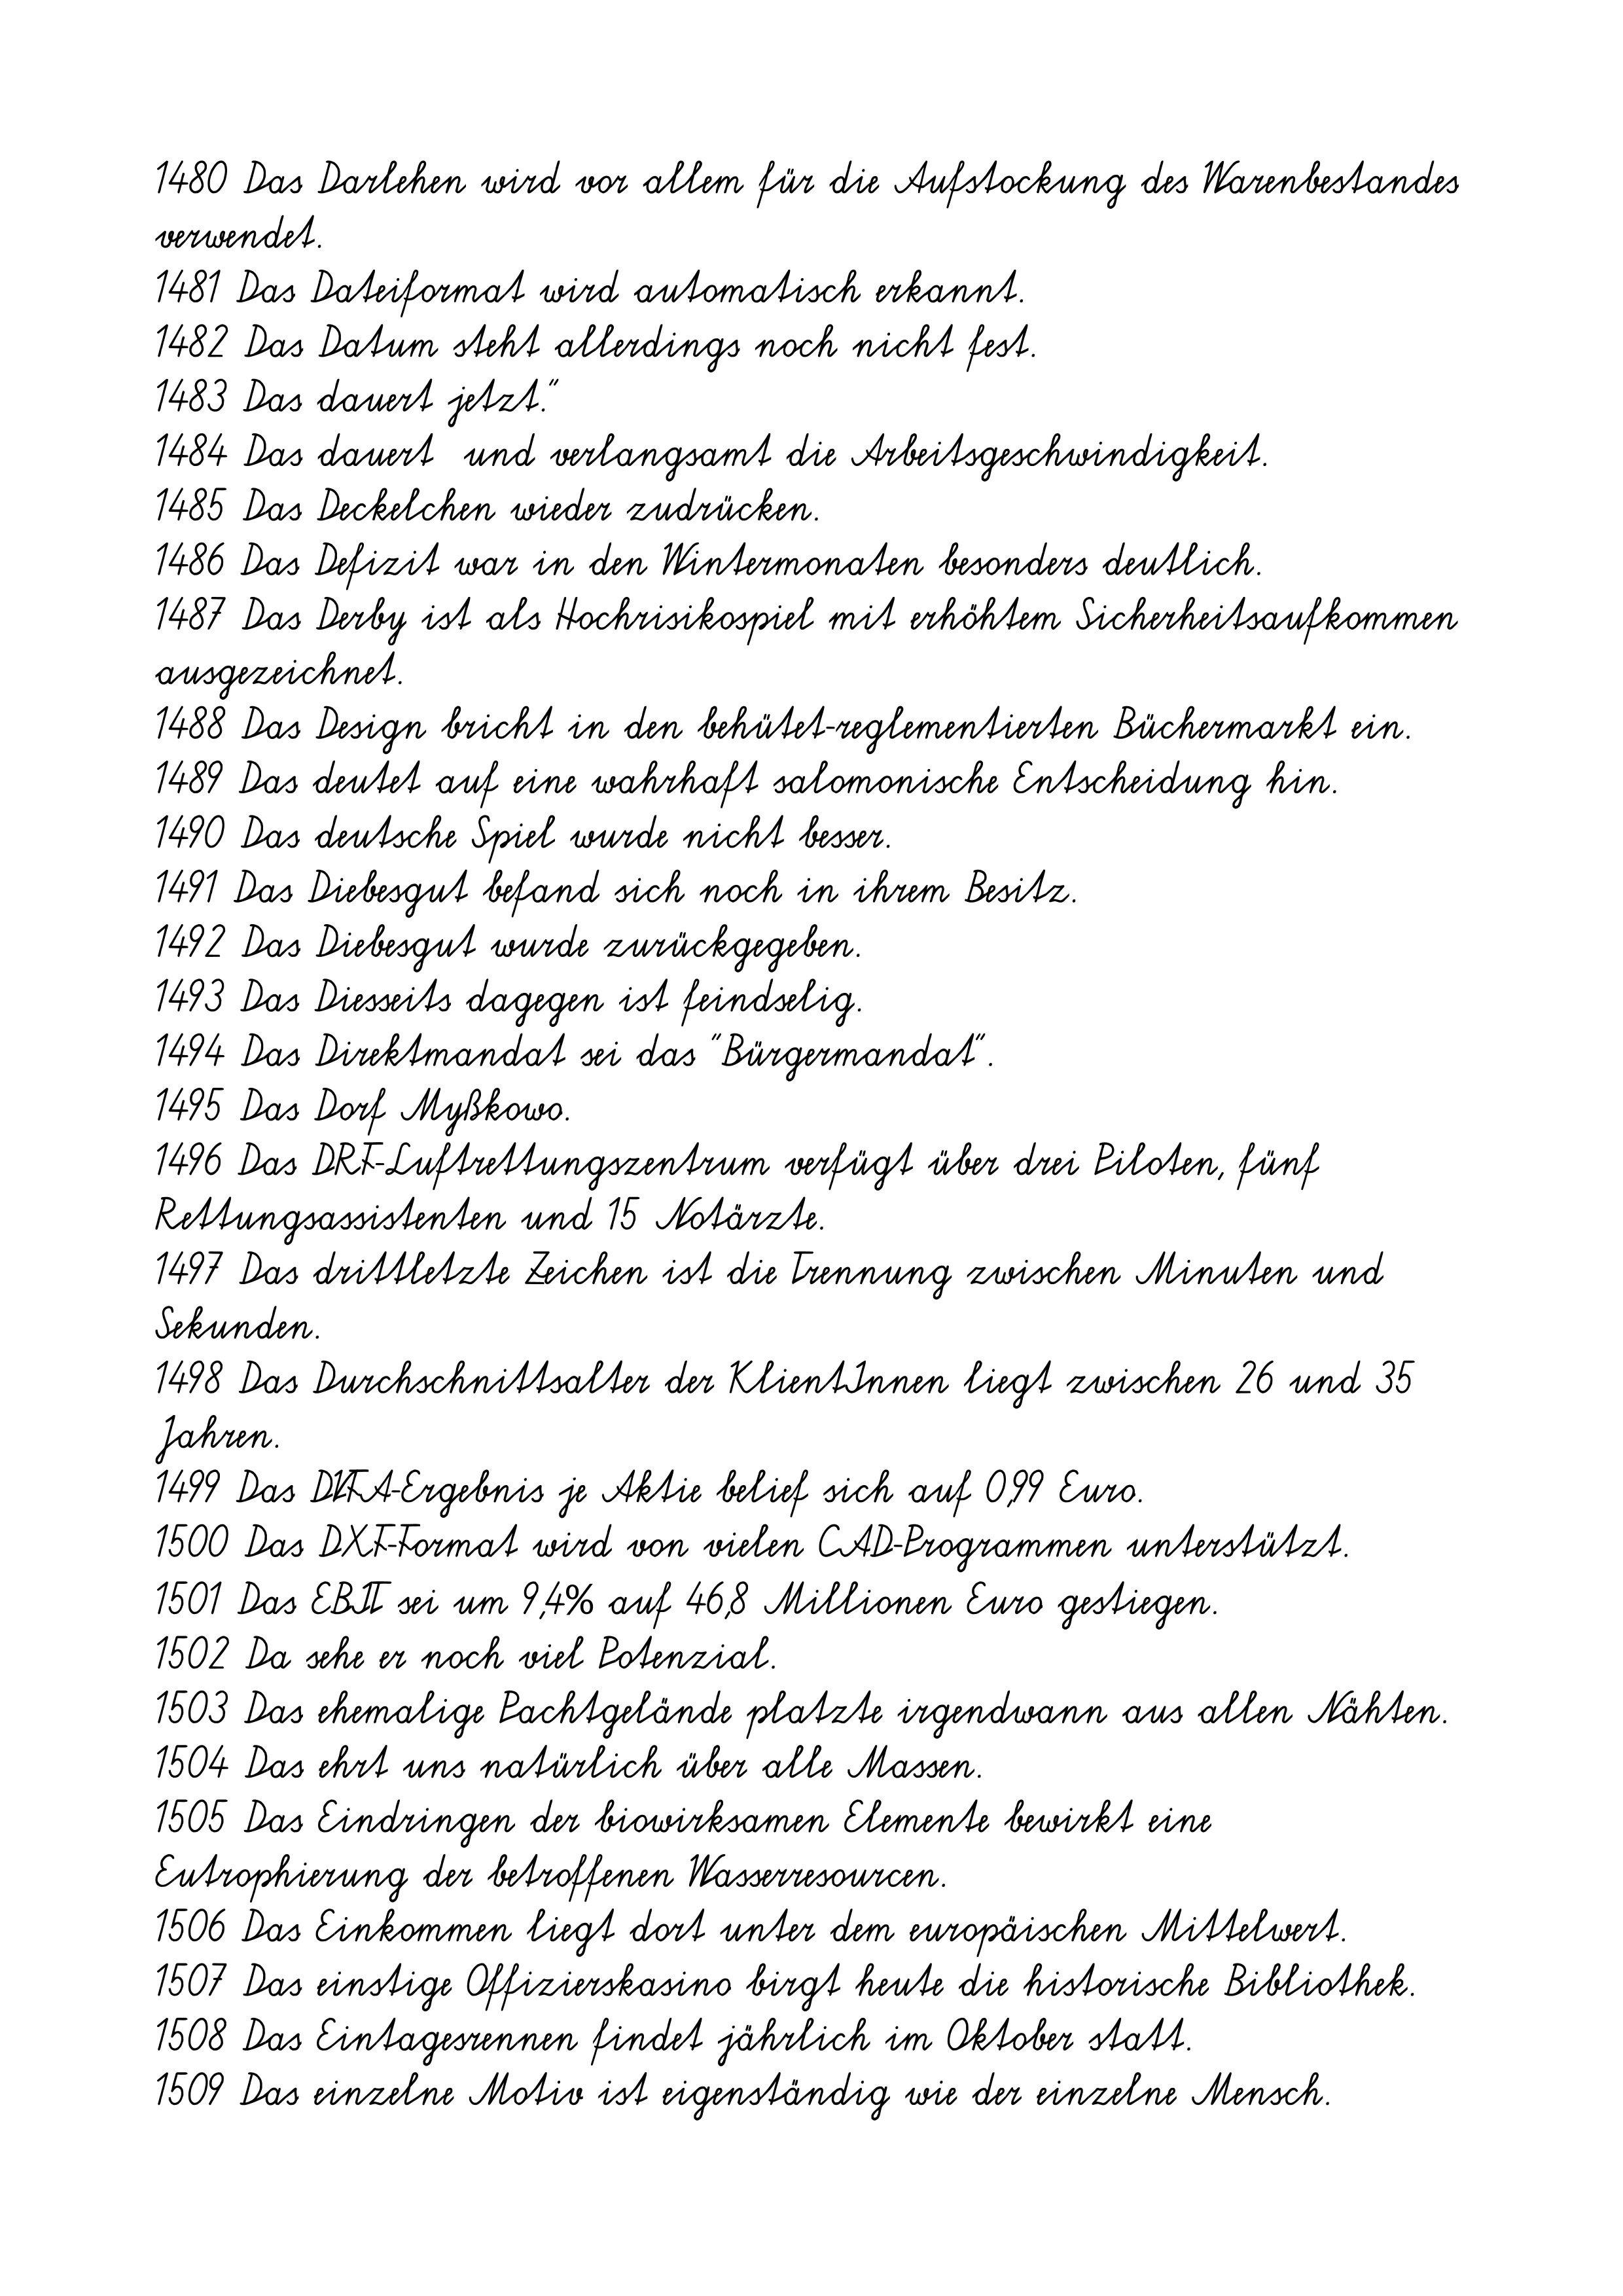
1480 Das Darlehen wird vor allem für die Aufstockung des Warenbestandes
verwendet.
1481 Das Dateiformat wird automatisch erkannt.
1482 Das Datum steht allerdings noch nicht fest.
1483 Das dauert jetzt."
1484 Das dauert  und verlangsamt die Arbeitsgeschwindigkeit.
1485 Das Deckelchen wieder zudrücken.
1486 Das Defizit war in den Wintermonaten besonders deutlich.
1487 Das Derby ist als Hochrisikospiel mit erhöhtem Sicherheitsaufkommen
ausgezeichnet.
1488 Das Design bricht in den behütet-reglementierten Büchermarkt ein.
1489 Das deutet auf eine wahrhaft salomonische Entscheidung hin.
1490 Das deutsche Spiel wurde nicht besser.
1491 Das Diebesgut befand sich noch in ihrem Besitz.
1492 Das Diebesgut wurde zurückgegeben.
1493 Das Diesseits dagegen ist feindselig.
1494 Das Direktmandat sei das "Bürgermandat".
1495 Das Dorf Myßkowo.
1496 Das DRF-Luftrettungszentrum verfügt über drei Piloten, fünf
Rettungsassistenten und 15 Notärzte.
1497 Das drittletzte Zeichen ist die Trennung zwischen Minuten und
Sekunden.
1498 Das Durchschnittsalter der KlientInnen liegt zwischen 26 und 35
Jahren.
1499 Das DVFA-Ergebnis je Aktie belief sich auf 0,99 Euro.
1500 Das DXF-Format wird von vielen CAD-Programmen unterstützt.
1501 Das EBIT sei um 9,4% auf 46,8 Millionen Euro gestiegen.
1502 Da sehe er noch viel Potenzial.
1503 Das ehemalige Pachtgelände platzte irgendwann aus allen Nähten.
1504 Das ehrt uns natürlich über alle Massen.
1505 Das Eindringen der biowirksamen Elemente bewirkt eine
Eutrophierung der betroffenen Wasserresourcen.
1506 Das Einkommen liegt dort unter dem europäischen Mittelwert.
1507 Das einstige Offizierskasino birgt heute die historische Bibliothek.
1508 Das Eintagesrennen findet jährlich im Oktober statt.
1509 Das einzelne Motiv ist eigenständig wie der einzelne Mensch.